Scottish Leaving Certificate Examination, 1958
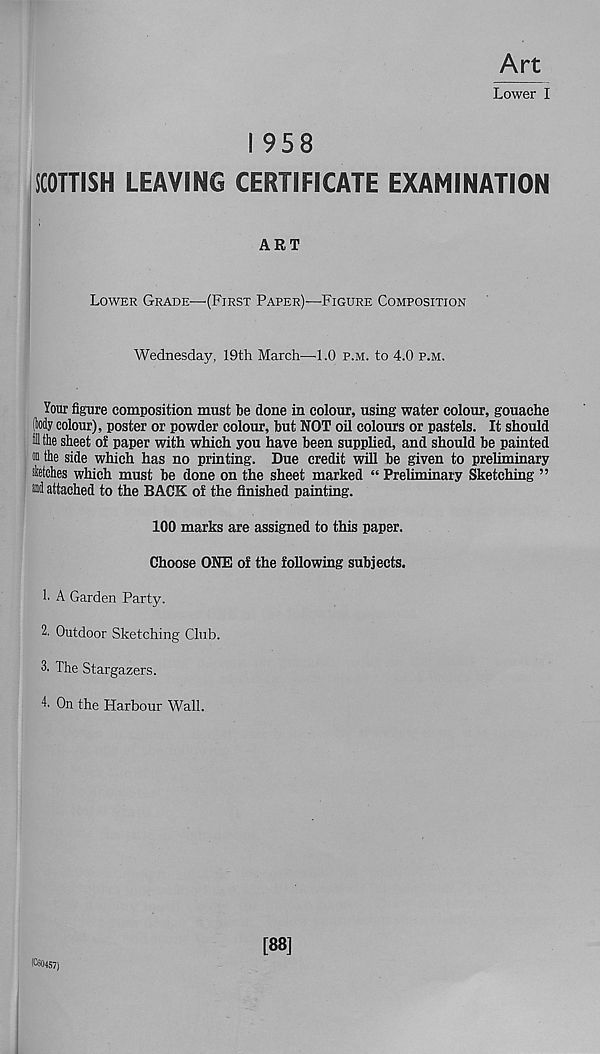
Art
Lower I
I 958
SCOTTISH LEAVING CERTIFICATE EXAMINATION
ART
Lower Grade—(First Paper)—Figure Composition
Wednesday, 19th March—■ 1.0 p.m. to 4.0 p.m.
Your figure composition must be done in colour, using water colour, gouache
(My colour), poster or powder colour, but NOT oil colours or pastels. It should
i the sheet of paper with which you have been supplied, and should be painted
on the side which has no printing. Due credit will be given to preliminary
sketches which must be done on the sheet marked “ Preliminary Sketching ”
ffll attached to the BACK of the finished painting.
100 marks are assigned to this paper.
Choose ONE of the following subjects.
h A Garden Party.
2. Outdoor Sketching Club.
3. The Stargazers.
4- On the Harbour Wall.
[88]